Annual report of the Civil Veterinary Department, Bengal, for the year 1897-98 - 1897-1898
Year: 1897
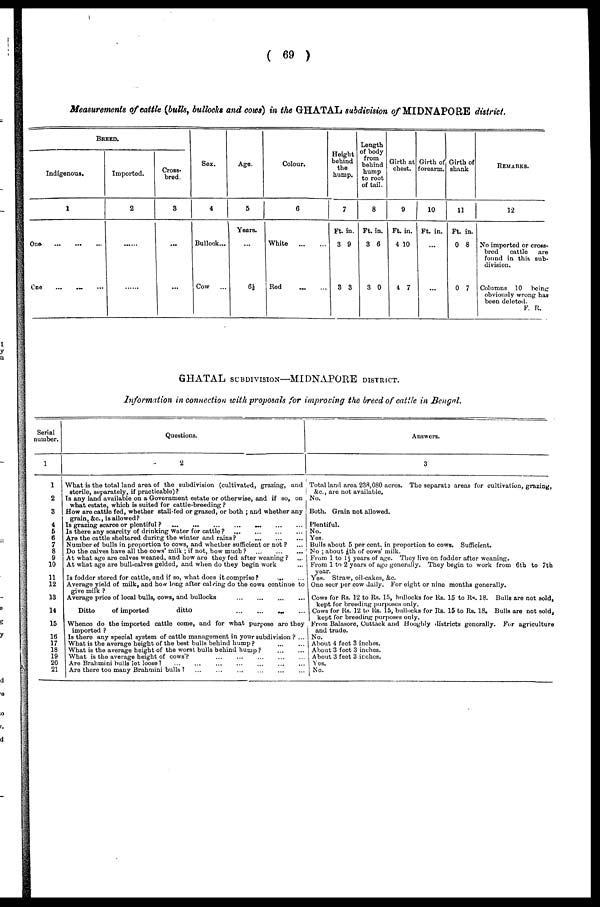
( 69 )
Measurements of cattle (bulls, bullocks and cows) in the GHATAL subdivision of MIDNAPORE district.
BREED.
Indigenous.
1
One.
...
...
...
One ... ... ...
Imported.
2
......
......
Cross-
bred.
3
...
...
Sex.
4
Bullock...
Cow
...
Age.
5
Years.
...
6½
Colour.
6
White
...
...
Red ... ...
Height
behind
the
hump.
7
Ft.
3
3
in.
9
3
Length
of body
from
behind
hump.
to root
of tail.
8
Ft.
3
3
in.
6
0
Girth at
chest.
9
Ft.
4
4
in.
10
7
Girth of
forearm.
10
Ft.
...
...
in.
Girth of
shank.
11
Ft.
0
0
in.
8
7
REMARKS.
12
No imported or cross-
bred
cattle
are
found in this sub-
division.
Columns 10
being
obviously wrong has
been deleted.
F. R.
GHATAL SUBDIVISION—MIDNAPORE DISTRICT.
Information in connection with proposals for improving the breed of cattle in Bengal.
Serial
number.
1
1
2
3
4
5
6
7
8
9
10
11
12
13
14
15
16 17
18
19
20
21
Questions.
2
What is the total land area of the subdivision (cultivated, grazing, and
sterile, separately, if practicable)?
Is any land available on a Government estate or otherwise, and if so, on
what estate, which is suited for cattle-breeding ?
How are cattle fed, whether stall-fed or grazed, or both ; and whether any
grain, &c, is allowed?
Is grazing scarce or plentiful ? ... ... ... ... ... ... ...
Is there any scarcity of drinking water for cattle ?
...
...
...
...
Are the cattle sheltered during the winter and rains ?
...
...
...
...
Number of bulls in proportion to cows, and whether sufficient or not ? ...
Do the calves have all the cows' milk ; if not, how much ? ... ... ...
At what ago are calves weaned, and how are they fed after weaning ? ...
At what ago are bull-calves gelded, and when do they begin work ...
Is fodder stored for cattle, and if so, what does it comprise?
...
...
Average yield of milk, and how long after calving do the cows continue to
give milk ?
Average price of local bulls, cows, and bullocks
...
...
...
...
Ditto
of imported
ditto
...
...
...
...
Whence do the imported cattle come, and for what purpose are they
imported ?
Is there any special system of cattle management in your subdivision ? ...
What is the average height of the best bulls behind hump? ... ...
What is the average height of the worst bulls behind hump ?
...
...
What is the average height of cows'? ... ... ... ... ...
Are Brahmini bulls lot loose ? ... ... ... ... ... ...
Are there too many Brahniini bulls ? ... ... ... ... ... ... ...
Answers.
3
3
Total land area 238,080 acres. The separate areas for cultivation, grazing,
&c, are not available.
No.
Both. Grain not allowed.
Plentiful.
No.
Yes.
Bulls about 5 per cent. in proportion to cows. Sufficient.
No ; about ½ th of cows' milk.
From 1 to 1½ years of age. They live on fodder after weaning.
From 1 to 2 years of age generally. They begin to work from 6th to 7th
year.
Yes. Straw, oil-cakes, &c.
One seer per cow daily. For eight or nine months generally.
Cows for Rs. 12 to Rs. 15, bullocks for Rs. 15 to Rs. 18. Bulls are not sold,
kept for breeding purposes only.
Cows for Rs. 12 to Rs. 15, bullocks for Rs. 15 to Rs. 18. Bulls are not sold,
kept for breeding purposes only.
From Balasore, Cuttack and Hooghly districts generally. For agriculture
| and trade.
No.
| About 4 feet 3 inches.
About 3 feet 3 inches.
About 3 feet 3 inches.
Yes.
No.